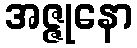
အဇ္ဇုနော